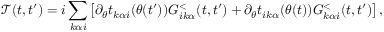
\mathcal { T } ( t , t ^ { \prime } ) = i \sum _ { k \alpha i } \left[ \partial _ { \theta } t _ { k \alpha i } ( \theta ( t ^ { \prime } ) ) G _ { i k \alpha } ^ { < } ( t , t ^ { \prime } ) + \partial _ { \theta } t _ { i k \alpha } ( \theta ( t ) ) G _ { k \alpha i } ^ { < } ( t , t ^ { \prime } ) \right] ,